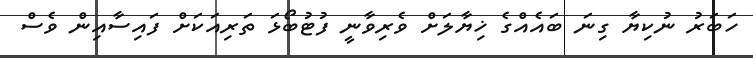
ހަބަރު ނުކިޔާ ގިނަ ބައެއްގެ ޚިޔާލަށް ވެރިވާނީ ފުޓުބޯޅަ ތަރިއަކަށް ފައިސާއިން ވެސް